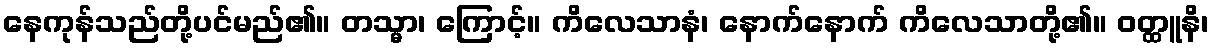
နေကုန်သည်တို့ပင်မည်၏။ တသ္မာ၊ ကြောင့်။ ကိလေသာနံ၊ နောက်နောက် ကိလေသာတို့၏။ ဝတ္ထူနိ၊